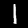
Digit: 1